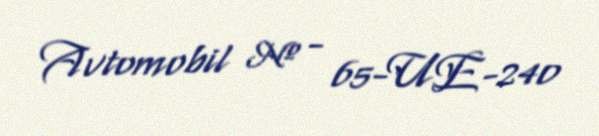
Avtomobil № - 65-UE-240